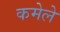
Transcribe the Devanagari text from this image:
कमेले